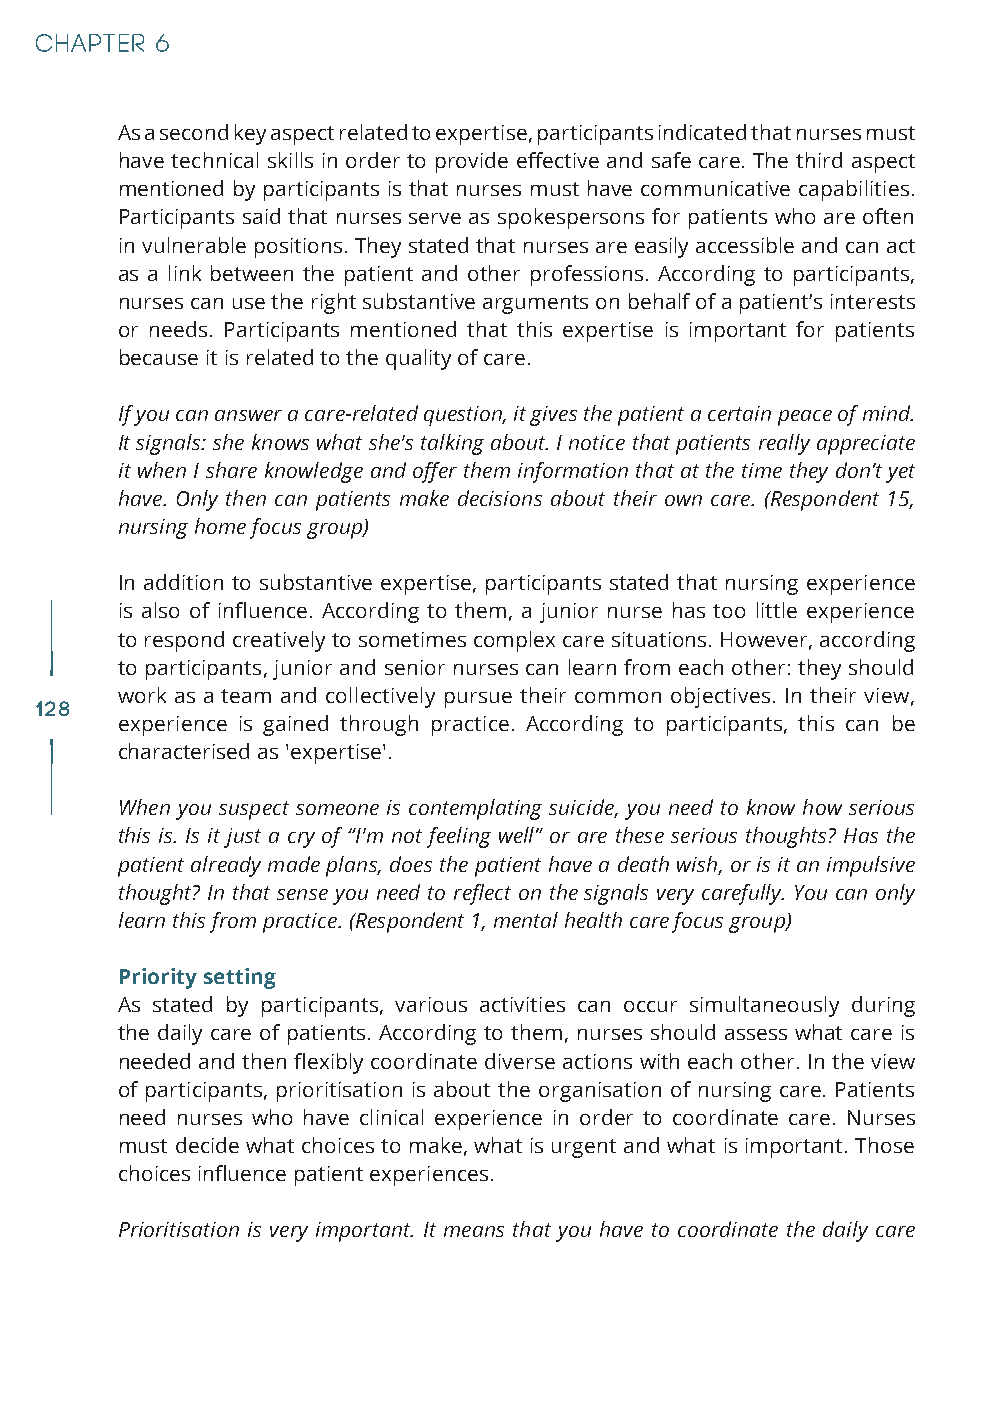
As a second key aspect related to expertise, participants indicated that nurses must
 have technical skills in order to provide effective and safe care. The third aspect
 mentioned by participants is that nurses must have communicative capabilities.
 Participants said that nurses serve as spokespersons for patients who are often
 in vulnerable positions. They stated that nurses are easily accessible and can act
 as a link between the patient and other professions. According to participants,
 nurses can use the right substantive arguments on behalf of a patient’s interests
 or needs. Participants mentioned that this expertise is important for patients
 because it is related to the quality of care.
 If you can answer a care-related question, it gives the patient a certain peace of mind.
 It signals: she knows what she's talking about. I notice that patients really appreciate
 it when I share knowledge and offer them information that at the time they don’t yet
 have. Only then can patients make decisions about their own care. (Respondent 15,
 nursing home focus group)
 In addition to substantive expertise, participants stated that nursing experience
 is also of influence. According to them, a junior nurse has too little experience
 to respond creatively to sometimes complex care situations. However, according
 to participants, junior and senior nurses can learn from each other: they should
 work as a team and collectively pursue their common objectives. In their view,
 128
 experience is gained through practice. According to participants, this can be
 characterised as 'expertise'.
 When you suspect someone is contemplating suicide, you need to know how serious
 this is. Is it just a cry of “I'm not feeling well” or are these serious thoughts? Has the
 patient already made plans, does the patient have a death wish, or is it an impulsive
 thought? In that sense you need to reflect on the signals very carefully. You can only
 learn this from practice. (Respondent 1, mental health care focus group)
 Priority setting
 As stated by participants, various activities can occur simultaneously during
 the daily care of patients. According to them, nurses should assess what care is
 needed and then flexibly coordinate diverse actions with each other. In the view
 of participants, prioritisation is about the organisation of nursing care. Patients
 need nurses who have clinical experience in order to coordinate care. Nurses
 must decide what choices to make, what is urgent and what is important. Those
 choices influence patient experiences.
 Prioritisation is very important. It means that you have to coordinate the daily care